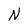
Character: N